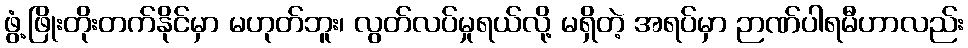
ဖွံ့ဖြိုးတိုးတက်နိုင်မှာ မဟုတ်ဘူး၊ လွတ်လပ်မှုရယ်လို့ မရှိတဲ့ အရပ်မှာ ဉာဏ်ပါရမီဟာလည်း